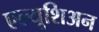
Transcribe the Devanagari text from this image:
एल्यूशिअन